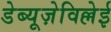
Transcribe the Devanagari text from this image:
डेब्यूज़ेविल्लेई